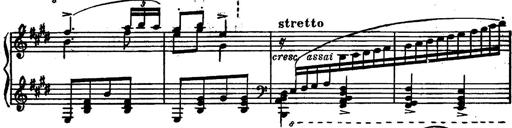
Title: Magyar rapszÃ³diÃ¡k
Composer: Franz Liszt